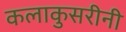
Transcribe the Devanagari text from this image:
कलाकुसरीनी